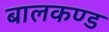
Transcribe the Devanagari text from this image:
बालकण्ड